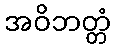
အဝိဘတ္တံ